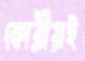
কোরীয়ই